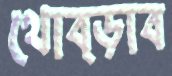
থোব্‌ড়াব